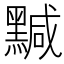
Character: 黬